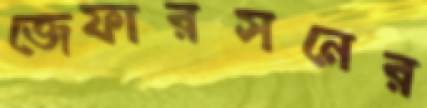
জেফারসনের